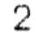
2